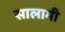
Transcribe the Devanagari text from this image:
सालामी